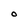
Character: O